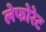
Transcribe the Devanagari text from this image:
लेफोरेट